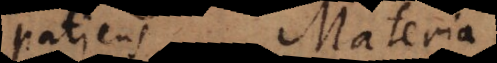
patiens. Materia